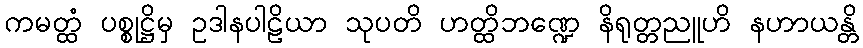
ကမတ္ထံ ပစ္စုဋ္ဌိမှ ဥဒါနပါဠိယာ သုပတိ ဟတ္ထိဘဏ္ဍေ နိရုတ္တညူဟိ နဟာယန္တိ